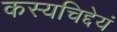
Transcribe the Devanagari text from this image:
कस्यचिद्देयं